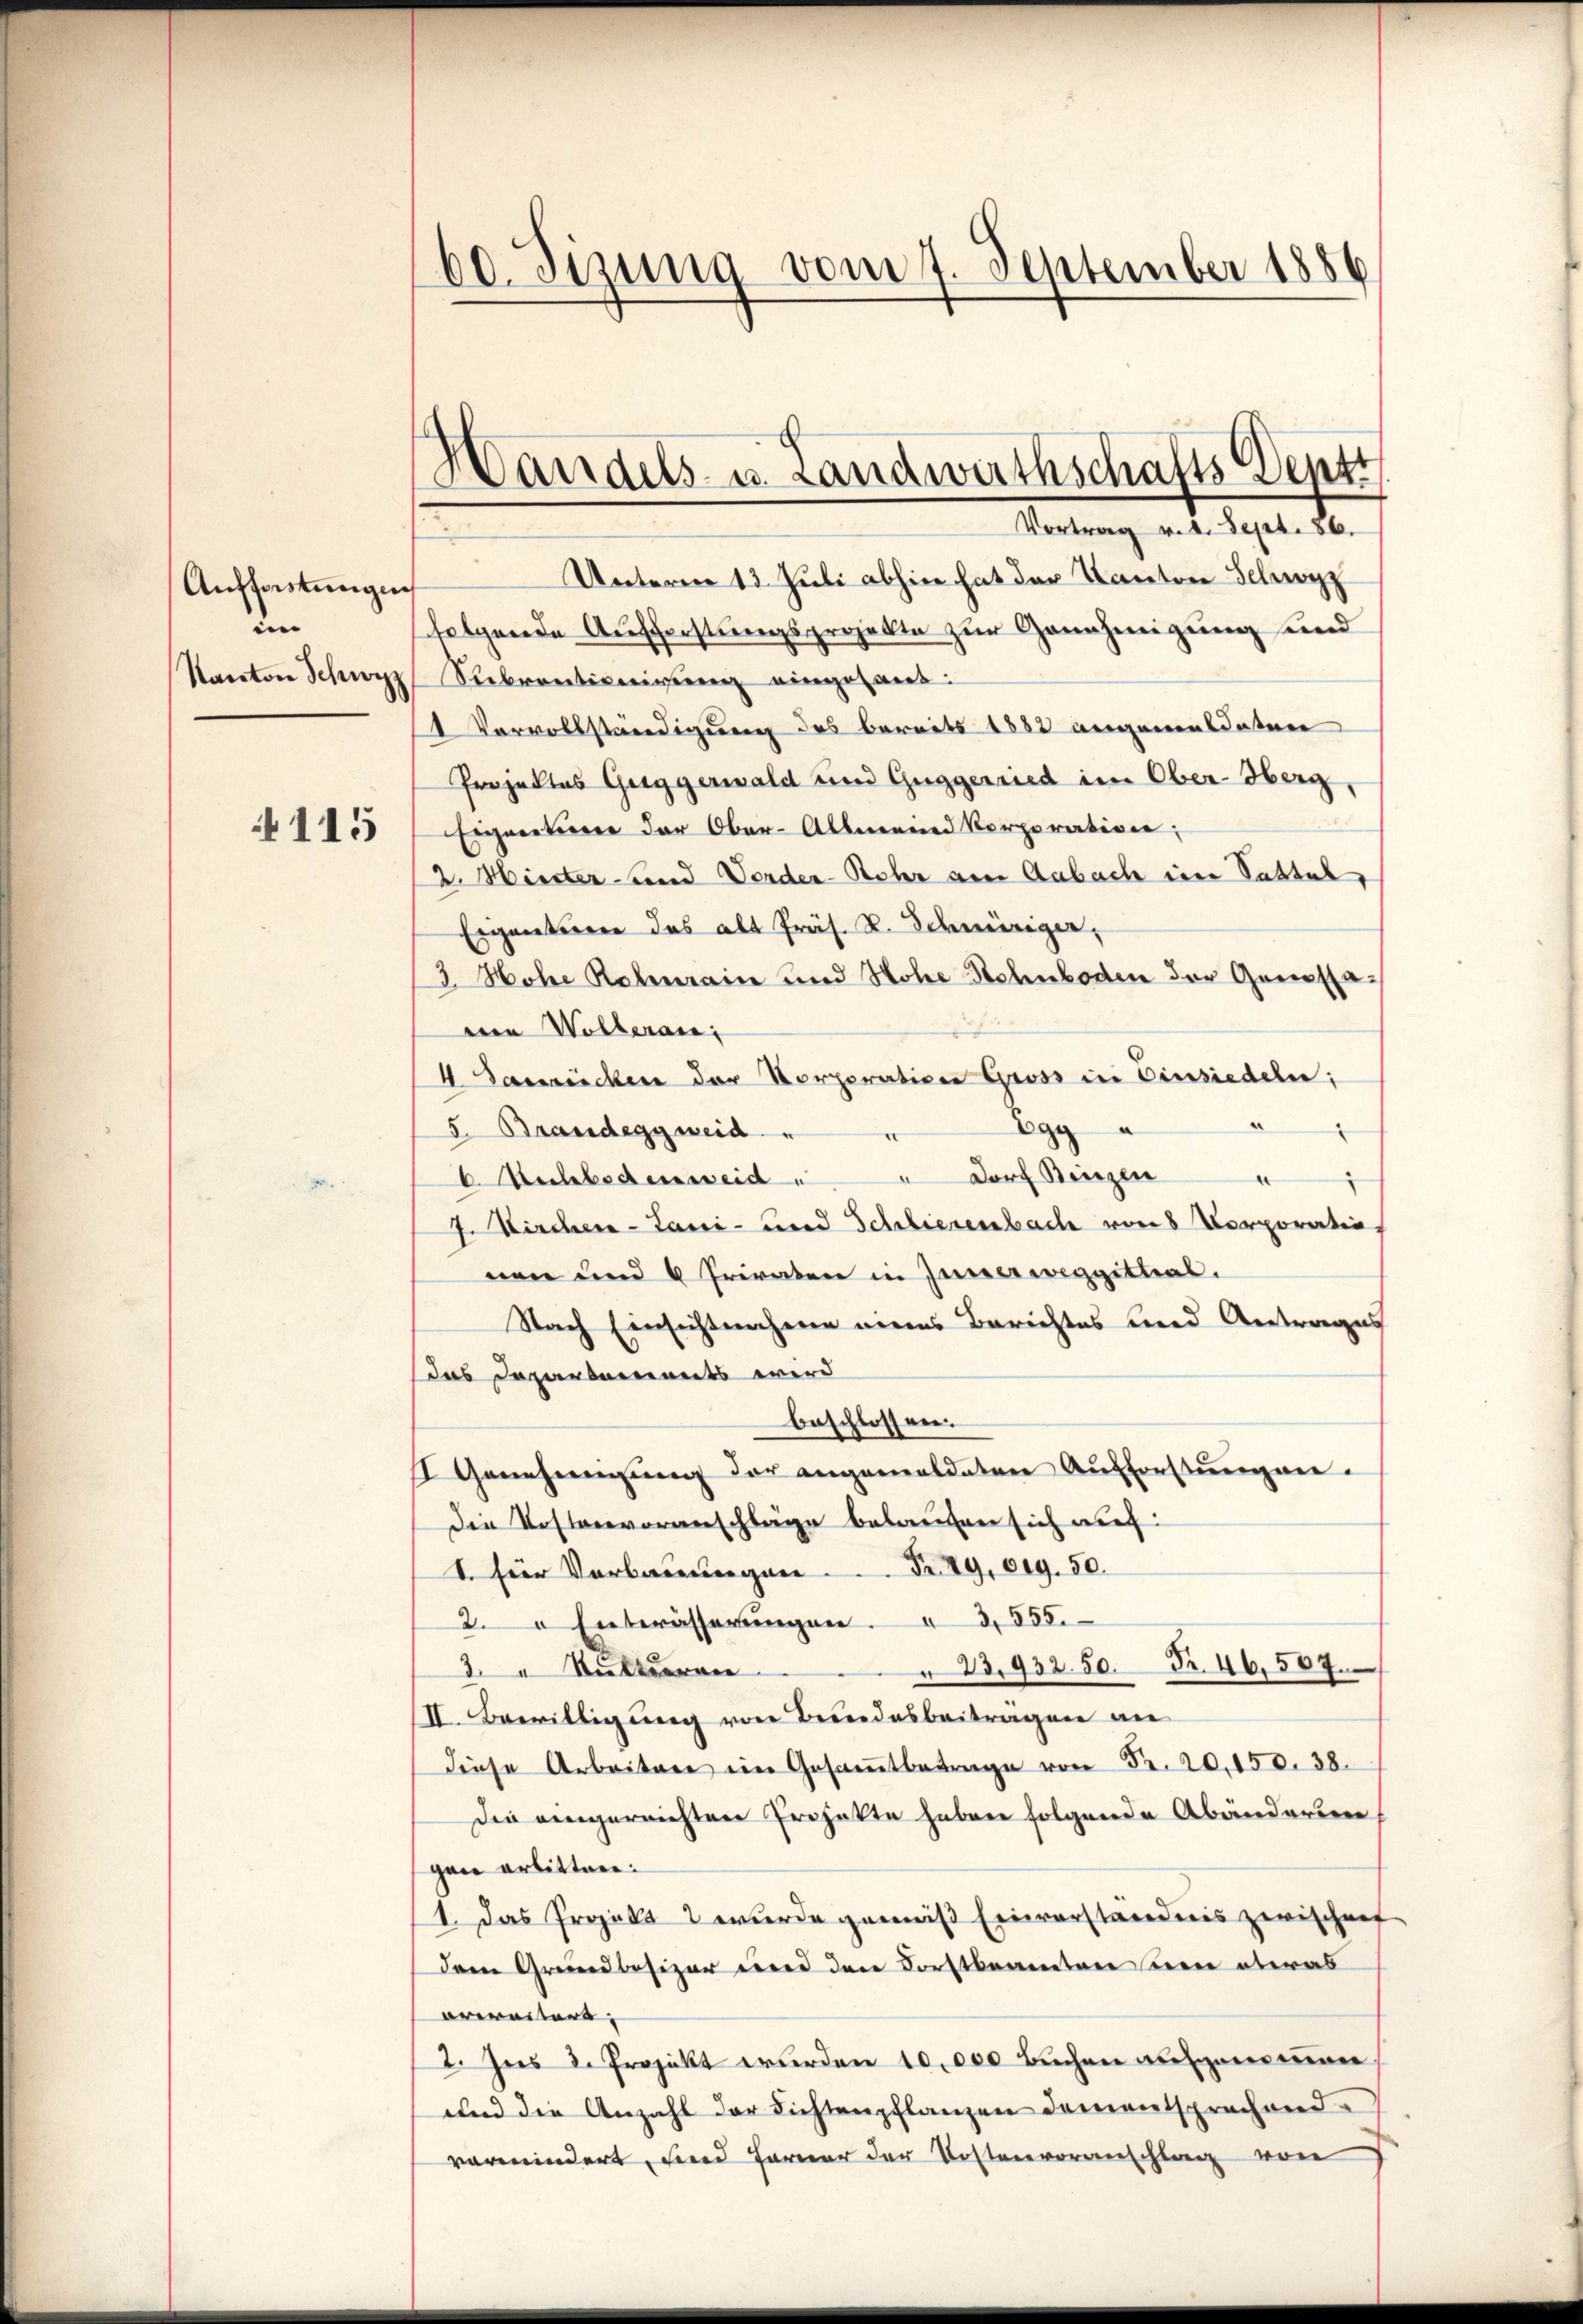
Auffastungen
in

115

Unterm 13. Juli abhin hat der Kanton Schwyz
folgende Aufforstungsprojekte zur Genehmigung und
Karatore Schwyz Rebrantinigung eingelaut:
1 Vervollständigung des bereits 1882 angemeldeten
Projektes Guggerwald und Guggenried im Ober-Oberg,
Eigneterer der Ober-Albmeind Korporation;
2. Hiester und Vorder-Rohr am Aabach eine Tastel
Eriguentieren das alt Präs. R. Schwieriger,
3. Hohe Reberain und Hohe Sehnboden der Genossavon Wollerans
4 Sanrücken der Korporation Gross in Einsiedeln;
“
Egg u
5. Brandeggweid
b. Nachbodenweid " " Dorf Binzen
7. Kircher-Lani- und Schliesenbach von Corporatio
nen und 6 Privaten in Zuverweggittial.
Nach Einsichtnahmen meins Berichtes bered Antrages
das Departements wird
beschlossen.
II. Genehmigŭng der angemeldeten Aufforstungen.
Die Kostenvoranschläge belaufen sich auch:
1. für Verbauungen Prag. 619. 50.
2. " Entwässerŭngen. 3555.
23,932. 50. Fr. 46,507.
3 Kultieren
III. Bewilligung von Bundesbeiträgen ni
diese Arbeiten im Gesaṁtbetrage von Fr. 20,150. 38.
Die eingereichten Projekte haben folgende Abänderun
gane erbitten.
1. Das Projekt 2 wurde gemäß Einverstandinis zwischen
Dem Grundbesizer und den Forstbeamten den etwas
arereiters |
2. Ins 2. Projekt wurden 10,000 Buchen aufgenommen,
und die Anzahl der Lichtenpflanzen dementsprechend.
vermindert, und Farner der Kostenvoranschlag von

60. Sizung vom 7. September 1886

Wandels- u. Landwirthschafts Deptt
Vortrag v. 2. Sept. 86.
1